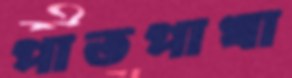
পাতপাখা